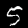
Digit: 5